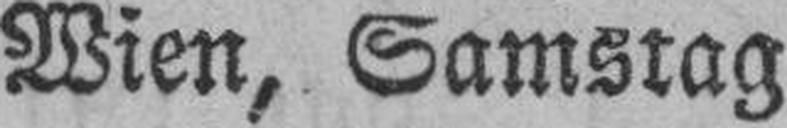
Wien, Samstag